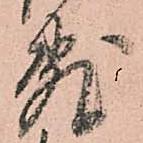
敷